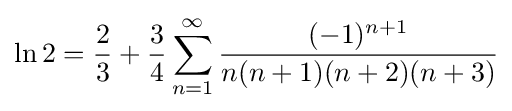
\ln 2={\frac {2}{3}}+{\frac {3}{4}}\sum _{n=1}^{\infty }{\frac {(-1)^{n+1}}{n(n+1)(n+2)(n+3)}}